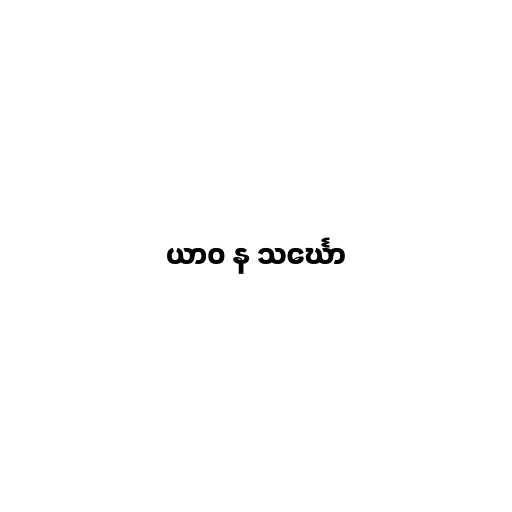
ယာဝ န သင်္ဃော